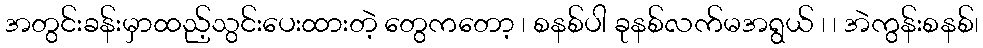
အတွင်းခန်းမှာထည့်သွင်းပေးထားတဲ့ တွေကတော့ ၊ စနစ်ပါ ခုနစ်လက်မအရွယ် ၊ ၊ အဲကွန်းစနစ်၊